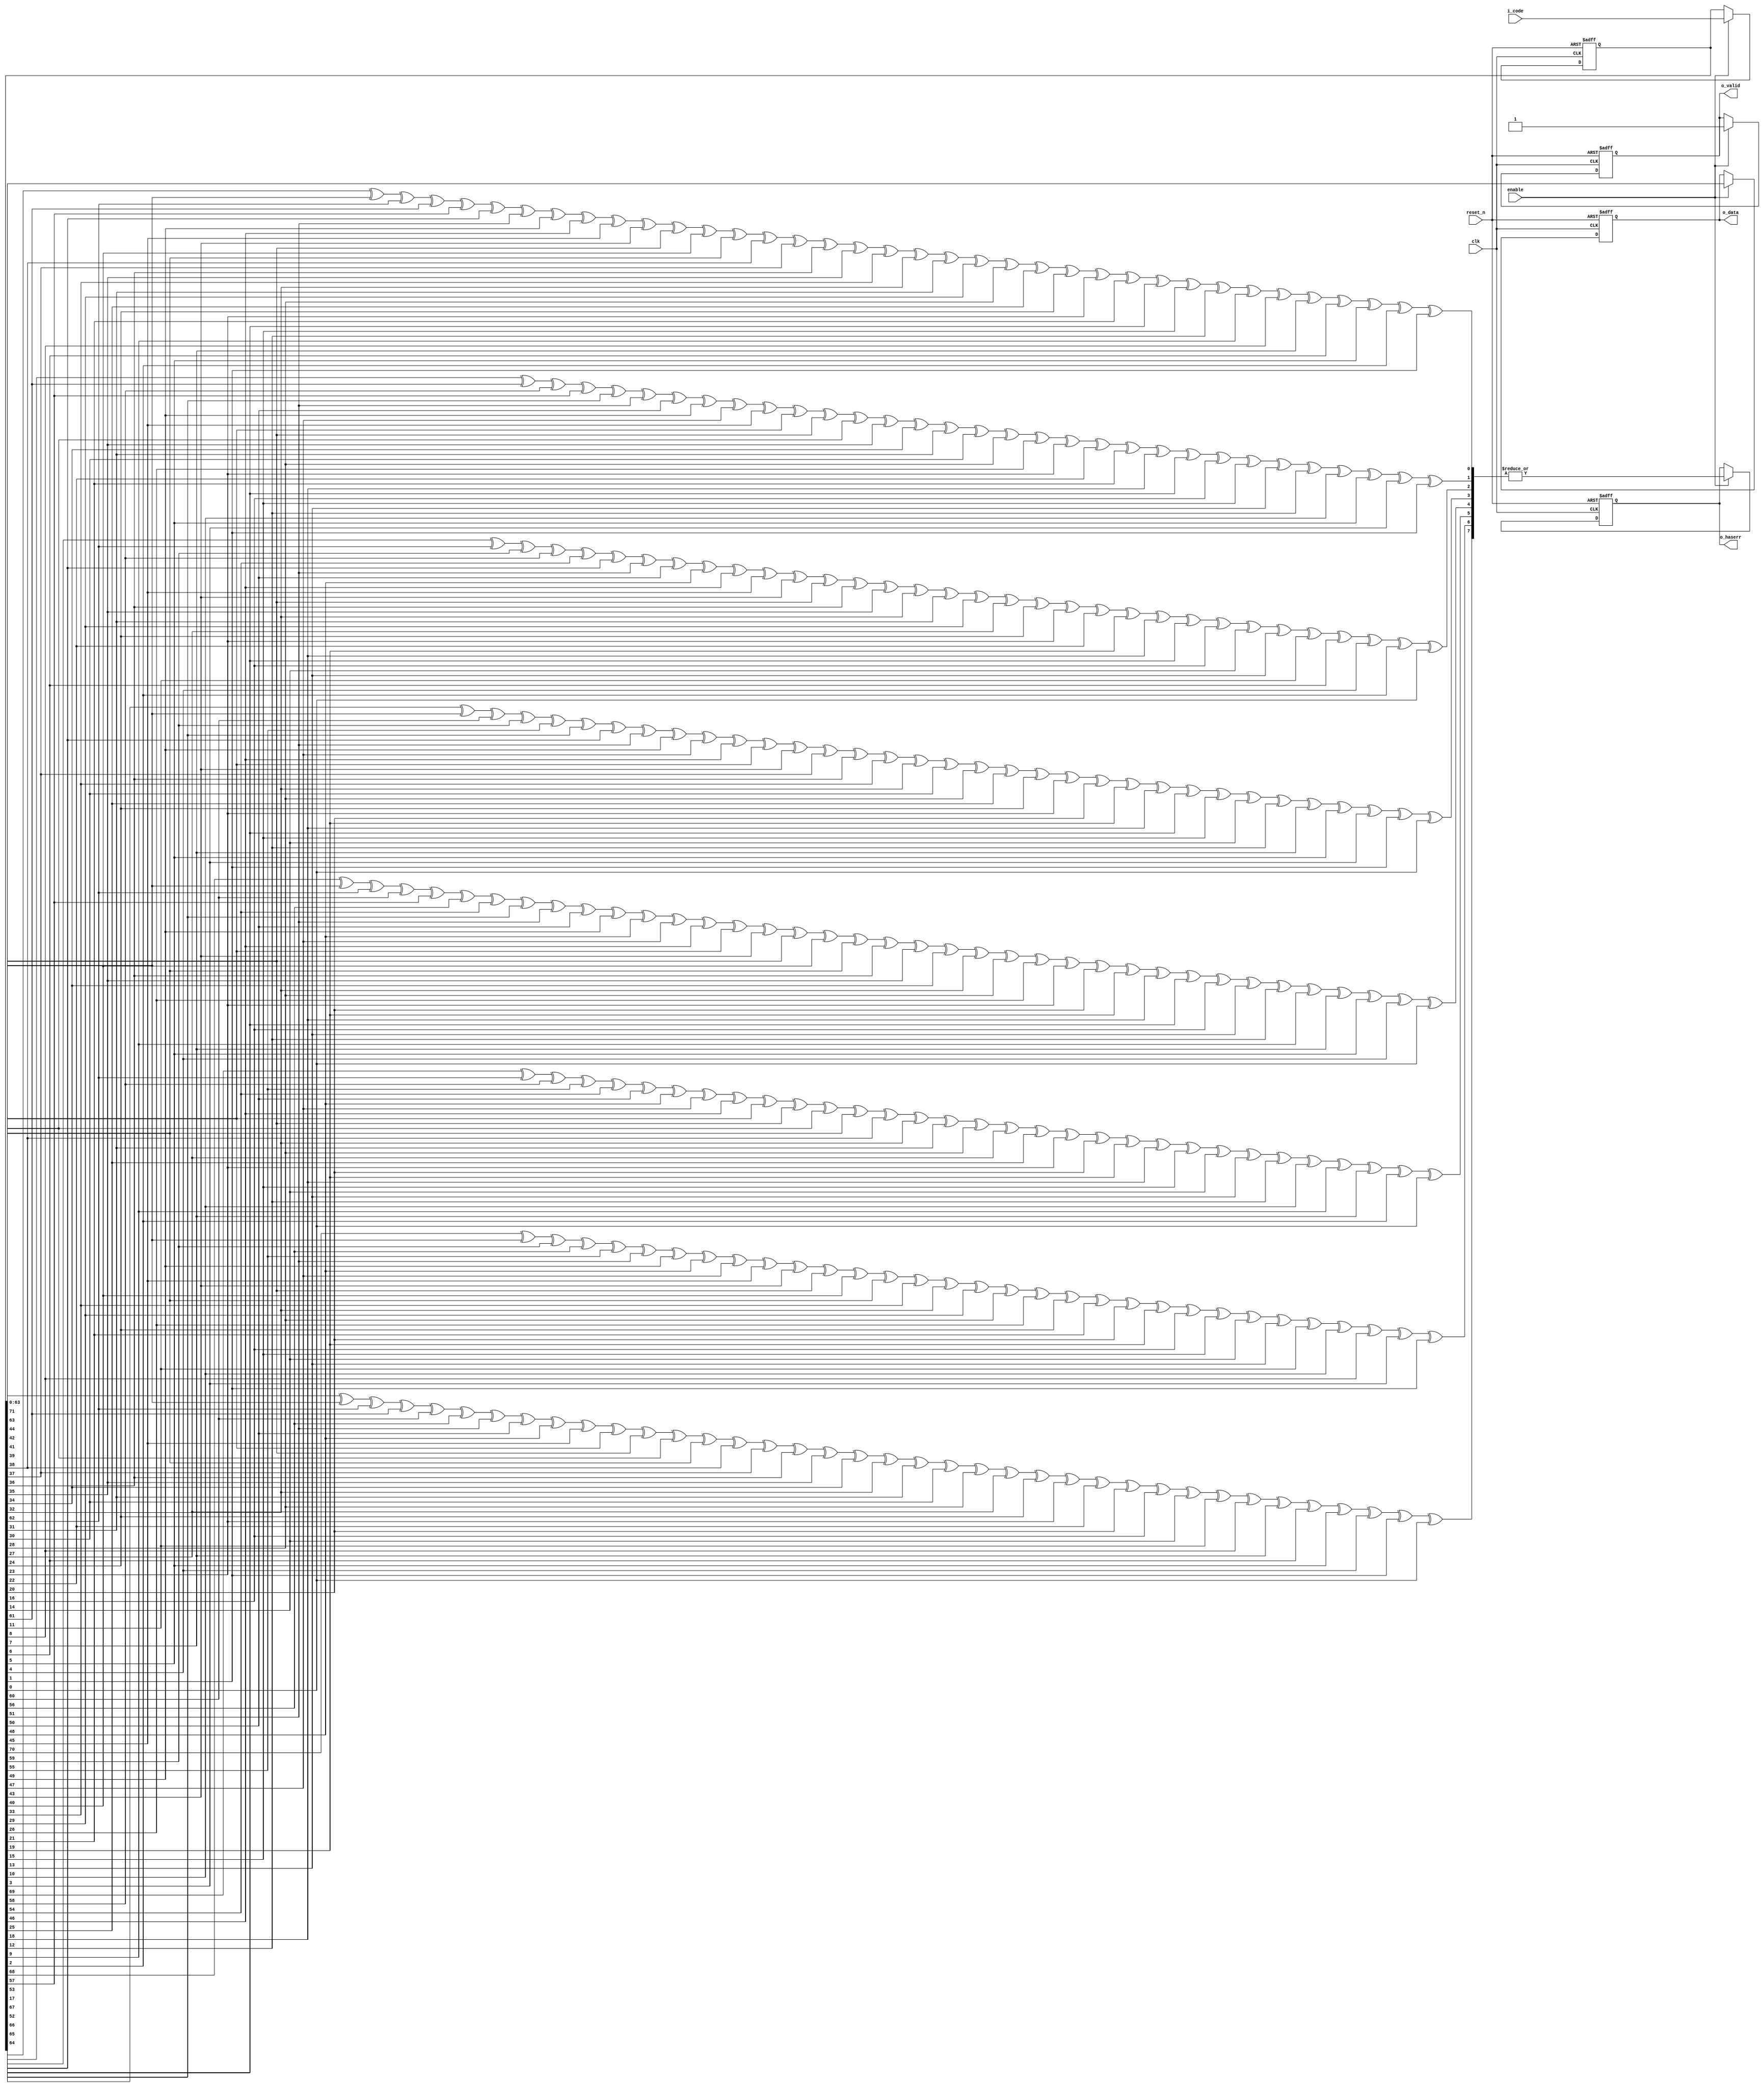
 
	//  CRC decoder 
	module crc8_64_dec (
	clk,
	reset_n,
	enable,
	i_code,
	o_data,
	o_valid,
	o_haserr

	);

	//------ INPUT PORTS -----
	input clk ;
	input reset_n;
	input enable;
	input [0:71] i_code;


	//------OUTPUT PORTS -----
	output [0:63] o_data;
	output o_valid;
	output o_haserr;

	//---- INTERNAL VARIABLES ---

	reg [0:71] codereg ;
	reg o_haserr;
	reg o_valid;
	 
	 


	wire [0:7] synd ; 
	 
	reg [0:63] o_data; 
	wire [0:63] data = codereg[8:71] ; //extract databits 
	

	//---STATEMENTS 
	 


	
//----------Syndrome Generation-------------//
assign synd[0] = codereg[0] ^ codereg[8] ^ codereg[9] ^ codereg[10] ^ codereg[11] ^ codereg[15] ^ codereg[20] ^ codereg[21] ^ codereg[23] ^ codereg[26] ^ codereg[27] ^ codereg[29] ^ codereg[30] ^ codereg[32] ^ codereg[33] ^ codereg[34] ^ codereg[35] ^ codereg[36] ^ codereg[37] ^ codereg[39] ^ codereg[40] ^ codereg[41] ^ codereg[43] ^ codereg[44] ^ codereg[47] ^ codereg[48] ^ codereg[49] ^ codereg[51] ^ codereg[55] ^ codereg[57] ^ codereg[60] ^ codereg[63] ^ codereg[64] ^ codereg[65] ^ codereg[66] ^ codereg[67] ^ codereg[70] ^ codereg[71];
assign synd[1] = codereg[1] ^ codereg[8] ^ codereg[12] ^ codereg[15] ^ codereg[16] ^ codereg[20] ^ codereg[22] ^ codereg[23] ^ codereg[24] ^ codereg[26] ^ codereg[28] ^ codereg[29] ^ codereg[31] ^ codereg[32] ^ codereg[38] ^ codereg[39] ^ codereg[42] ^ codereg[43] ^ codereg[45] ^ codereg[47] ^ codereg[50] ^ codereg[51] ^ codereg[52] ^ codereg[55] ^ codereg[56] ^ codereg[57] ^ codereg[58] ^ codereg[60] ^ codereg[61] ^ codereg[63] ^ codereg[68] ^ codereg[70];
assign synd[2] = codereg[2] ^ codereg[9] ^ codereg[13] ^ codereg[16] ^ codereg[17] ^ codereg[21] ^ codereg[23] ^ codereg[24] ^ codereg[25] ^ codereg[27] ^ codereg[29] ^ codereg[30] ^ codereg[32] ^ codereg[33] ^ codereg[39] ^ codereg[40] ^ codereg[43] ^ codereg[44] ^ codereg[46] ^ codereg[48] ^ codereg[51] ^ codereg[52] ^ codereg[53] ^ codereg[56] ^ codereg[57] ^ codereg[58] ^ codereg[59] ^ codereg[61] ^ codereg[62] ^ codereg[64] ^ codereg[69] ^ codereg[71];
assign synd[3] = codereg[3] ^ codereg[8] ^ codereg[9] ^ codereg[11] ^ codereg[14] ^ codereg[15] ^ codereg[17] ^ codereg[18] ^ codereg[20] ^ codereg[21] ^ codereg[22] ^ codereg[23] ^ codereg[24] ^ codereg[25] ^ codereg[27] ^ codereg[28] ^ codereg[29] ^ codereg[31] ^ codereg[32] ^ codereg[35] ^ codereg[36] ^ codereg[37] ^ codereg[39] ^ codereg[43] ^ codereg[45] ^ codereg[48] ^ codereg[51] ^ codereg[52] ^ codereg[53] ^ codereg[54] ^ codereg[55] ^ codereg[58] ^ codereg[59] ^ codereg[62] ^ codereg[64] ^ codereg[66] ^ codereg[67] ^ codereg[71];
assign synd[4] = codereg[4] ^ codereg[8] ^ codereg[11] ^ codereg[12] ^ codereg[16] ^ codereg[18] ^ codereg[19] ^ codereg[20] ^ codereg[22] ^ codereg[24] ^ codereg[25] ^ codereg[27] ^ codereg[28] ^ codereg[34] ^ codereg[35] ^ codereg[38] ^ codereg[39] ^ codereg[41] ^ codereg[43] ^ codereg[46] ^ codereg[47] ^ codereg[48] ^ codereg[51] ^ codereg[52] ^ codereg[53] ^ codereg[54] ^ codereg[56] ^ codereg[57] ^ codereg[59] ^ codereg[64] ^ codereg[66] ^ codereg[68] ^ codereg[70] ^ codereg[71];
assign synd[5] = codereg[5] ^ codereg[9] ^ codereg[12] ^ codereg[13] ^ codereg[17] ^ codereg[19] ^ codereg[20] ^ codereg[21] ^ codereg[23] ^ codereg[25] ^ codereg[26] ^ codereg[28] ^ codereg[29] ^ codereg[35] ^ codereg[36] ^ codereg[39] ^ codereg[40] ^ codereg[42] ^ codereg[44] ^ codereg[47] ^ codereg[48] ^ codereg[49] ^ codereg[52] ^ codereg[53] ^ codereg[54] ^ codereg[55] ^ codereg[57] ^ codereg[58] ^ codereg[60] ^ codereg[65] ^ codereg[67] ^ codereg[69] ^ codereg[71];
assign synd[6] = codereg[6] ^ codereg[10] ^ codereg[13] ^ codereg[14] ^ codereg[18] ^ codereg[20] ^ codereg[21] ^ codereg[22] ^ codereg[24] ^ codereg[26] ^ codereg[27] ^ codereg[29] ^ codereg[30] ^ codereg[36] ^ codereg[37] ^ codereg[40] ^ codereg[41] ^ codereg[43] ^ codereg[45] ^ codereg[48] ^ codereg[49] ^ codereg[50] ^ codereg[53] ^ codereg[54] ^ codereg[55] ^ codereg[56] ^ codereg[58] ^ codereg[59] ^ codereg[61] ^ codereg[66] ^ codereg[68] ^ codereg[70];
assign synd[7] = codereg[7] ^ codereg[8] ^ codereg[9] ^ codereg[10] ^ codereg[14] ^ codereg[19] ^ codereg[20] ^ codereg[22] ^ codereg[25] ^ codereg[26] ^ codereg[28] ^ codereg[29] ^ codereg[31] ^ codereg[32] ^ codereg[33] ^ codereg[34] ^ codereg[35] ^ codereg[36] ^ codereg[38] ^ codereg[39] ^ codereg[40] ^ codereg[42] ^ codereg[43] ^ codereg[46] ^ codereg[47] ^ codereg[48] ^ codereg[50] ^ codereg[54] ^ codereg[56] ^ codereg[59] ^ codereg[62] ^ codereg[63] ^ codereg[64] ^ codereg[65] ^ codereg[66] ^ codereg[69] ^ codereg[70];



	
	////////// REGISTER INPUT CODEWORD ////////////////

	always @(posedge clk or negedge reset_n) begin
		if (!reset_n) 
			// reset
			codereg <= 0 ;
		
		else if (enable)  
			codereg <= i_code; 
		 
	end

	//////////// GET OUTPUT ////////////////////////
	always @(posedge clk or negedge reset_n) begin
		if (!reset_n) begin
			// reset
			o_data <= 0;
			o_valid <= 0; 
			o_haserr <= 0; 
		end
		else if (enable) begin

			o_data <= data ;
			o_haserr <= | synd ; // non-zero syndrome sets the error alarm 
			 
			o_valid <= 1 ; 
			
		end
	end



	endmodule 
	//--------- end of file ------//